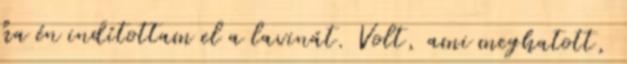
ha én indítottam el a lavinát. Volt, ami meghatott,